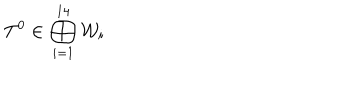
T ^ { 0 } \in \bigoplus _ { i = 1 } ^ { 1 4 } { \mathcal W } _ { i }